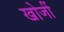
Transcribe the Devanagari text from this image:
खोजीं